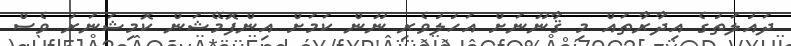
ދައުލަތުގެ އިދާރާތައް މި ޤާނޫނަށް އަހުލުވެރި ނޫން ކަމަށް އިންފޮމޭޝަން ކޮމިޝަނަރު ވެސް